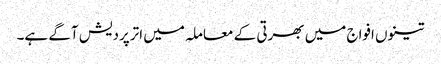
تینوں افواج میں بھرتی کے معاملہ میں اترپردیش آگے ہے۔